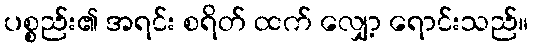
ပစ္စည်း၏ အရင်း စရိတ် ထက် လျှော့ ရောင်းသည်။